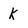
Character: k